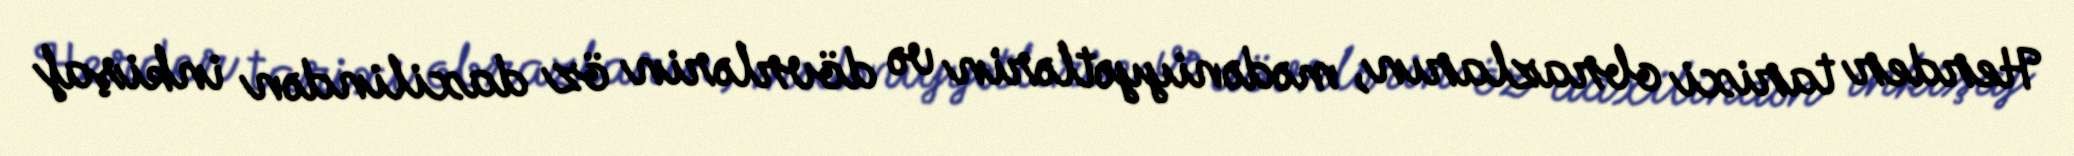
Herder tarixi obrazların, mədəniyyətlərin və dövrlərin öz daxilindən inkişaf